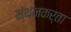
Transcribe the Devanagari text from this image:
मंथनकर्ता